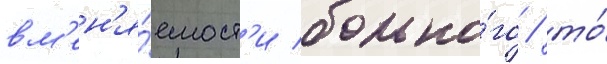
вм'ен'я́емост'и больно́го / то́